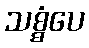
သစ္စံပေ